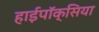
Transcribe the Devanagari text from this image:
हाईपॉक्सिया